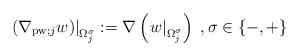
LaTeX: \begin{align*}\left. \left( \nabla_{\operatorname*{pw};j}w\right) \right\vert_{\Omega_{j}^{\sigma}}:=\nabla\left( \left. w\right\vert _{\Omega_{j}^{\sigma}}\right)\;,\sigma\in\left\{ -,+\right\} \end{align*}